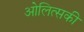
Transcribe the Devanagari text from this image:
ओलित्सकी